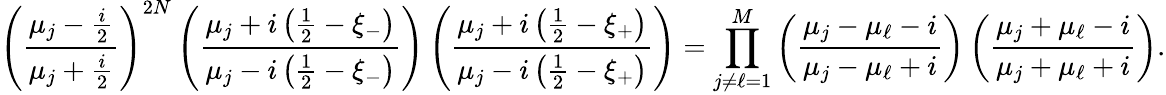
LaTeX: \left(\frac{\mu_{j}-\frac{i}{2}}{\mu_{j}+\frac{i}{2}}\right)^{2N}\left(\frac{\mu_{j}+i\left(\frac{1}{2}-\xi_{-}\right)}{\mu_{j}-i\left(\frac{1}{2}-\xi_{-}\right)}\right)\left(\frac{\mu_{j}+i\left(\frac{1}{2}-\xi_{+}\right)}{\mu_{j}-i\left(\frac{1}{2}-\xi_{+}\right)}\right)=\prod_{j\neq\ell=1}^{M}\left(\frac{\mu_{j}-\mu_{\ell}-i}{\mu_{j}-\mu_{\ell}+i}\right)\left(\frac{\mu_{j}+\mu_{\ell}-i}{\mu_{j}+\mu_{\ell}+i}\right).